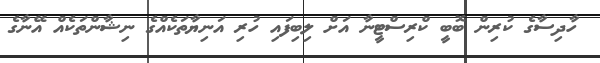
ހާދިސާގެ ކުރިން ބޮބީ ކްރިސްޓީނާ އަށް ލިބިފައި ހުރި އަނިޔާތަކެއްގެ ނިޝާންތަކެއް އޭނާގެ